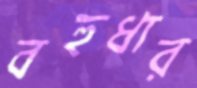
বহুধার